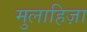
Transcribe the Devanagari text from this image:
मुलाहिज़ा